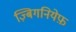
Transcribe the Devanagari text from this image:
ज़्बिगनियेफ़